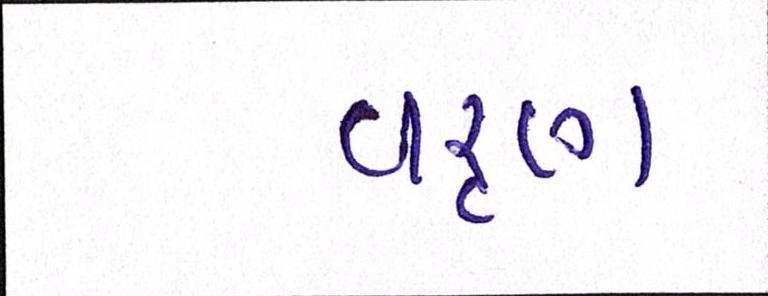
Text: વરૃણ